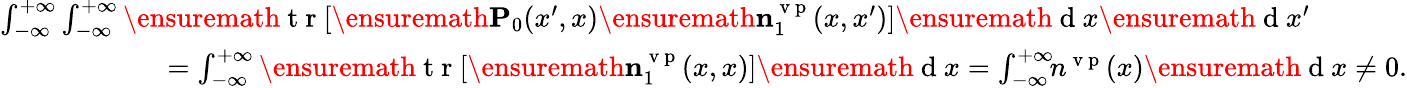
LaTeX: \begin{array}{r}{\int_{-\infty}^{+\infty}\int_{-\infty}^{+\infty}\ensuremath{\mathrm{~t~r~}}[\ensuremath{\mathbf{P}}_{0}(x^{\prime},x)\ensuremath{\mathbf{n}}_{1}^{\mathrm{~v~p~}}(x,x^{\prime})]\ensuremath{\mathrm{~d~}}x\ensuremath{\mathrm{~d~}}x^{\prime}\phantom{xxxxxx}}\\ {=\int_{-\infty}^{+\infty}\ensuremath{\mathrm{~t~r~}}[\ensuremath{\mathbf{n}}_{1}^{\mathrm{~v~p~}}(x,x)]\ensuremath{\mathrm{~d~}}x=\int_{-\infty}^{+\infty}\! \! n^{\mathrm{~v~p~}}(x)\ensuremath{\mathrm{~d~}}x\neq 0.}\end{array}